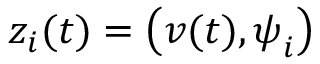
z _ { i } ( t ) = \big ( \boldsymbol { v } ( t ) , \boldsymbol { \psi } _ { i } \big )